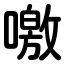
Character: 噭